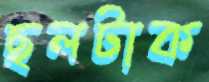
ছলটাক